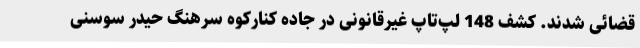
قضائی شدند. کشف 148 لپ‌تاپ غیرقانونی در جاده کنارکوه سرهنگ حیدر سوسنی